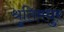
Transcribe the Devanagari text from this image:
श्रुतिमधुर